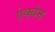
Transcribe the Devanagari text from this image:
ऐक्येन